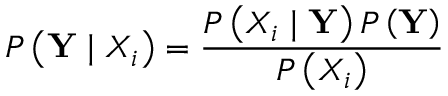
P \left( \mathbf { Y } \mid X _ { i } \right) = \frac { P \left( X _ { i } \mid \mathbf { Y } \right) P \left( \mathbf { Y } \right) } { P \left( X _ { i } \right) }